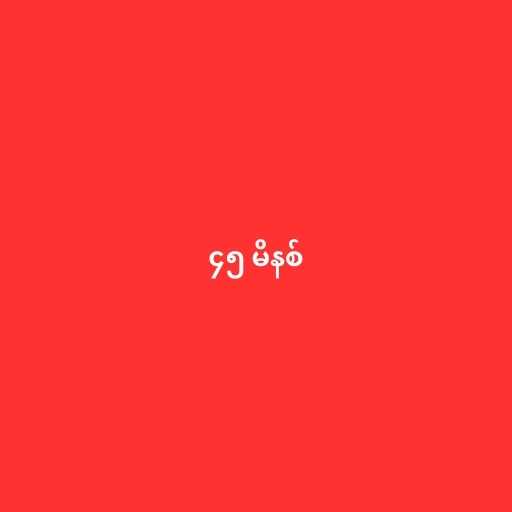
၄၅ မိနစ်